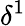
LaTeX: \delta^{1}